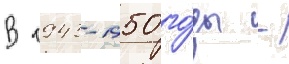
В 1943-1950 го́ды -